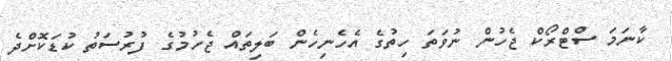
ކާނަމަ ސްޓްރޯކް ޖެހުން ނުވަތަ ހިތުގެ އެހެނިހެން ބަލިތައް ޖެހުމުގެ ފުރުސަތު ކުޑަކޮށްދެ